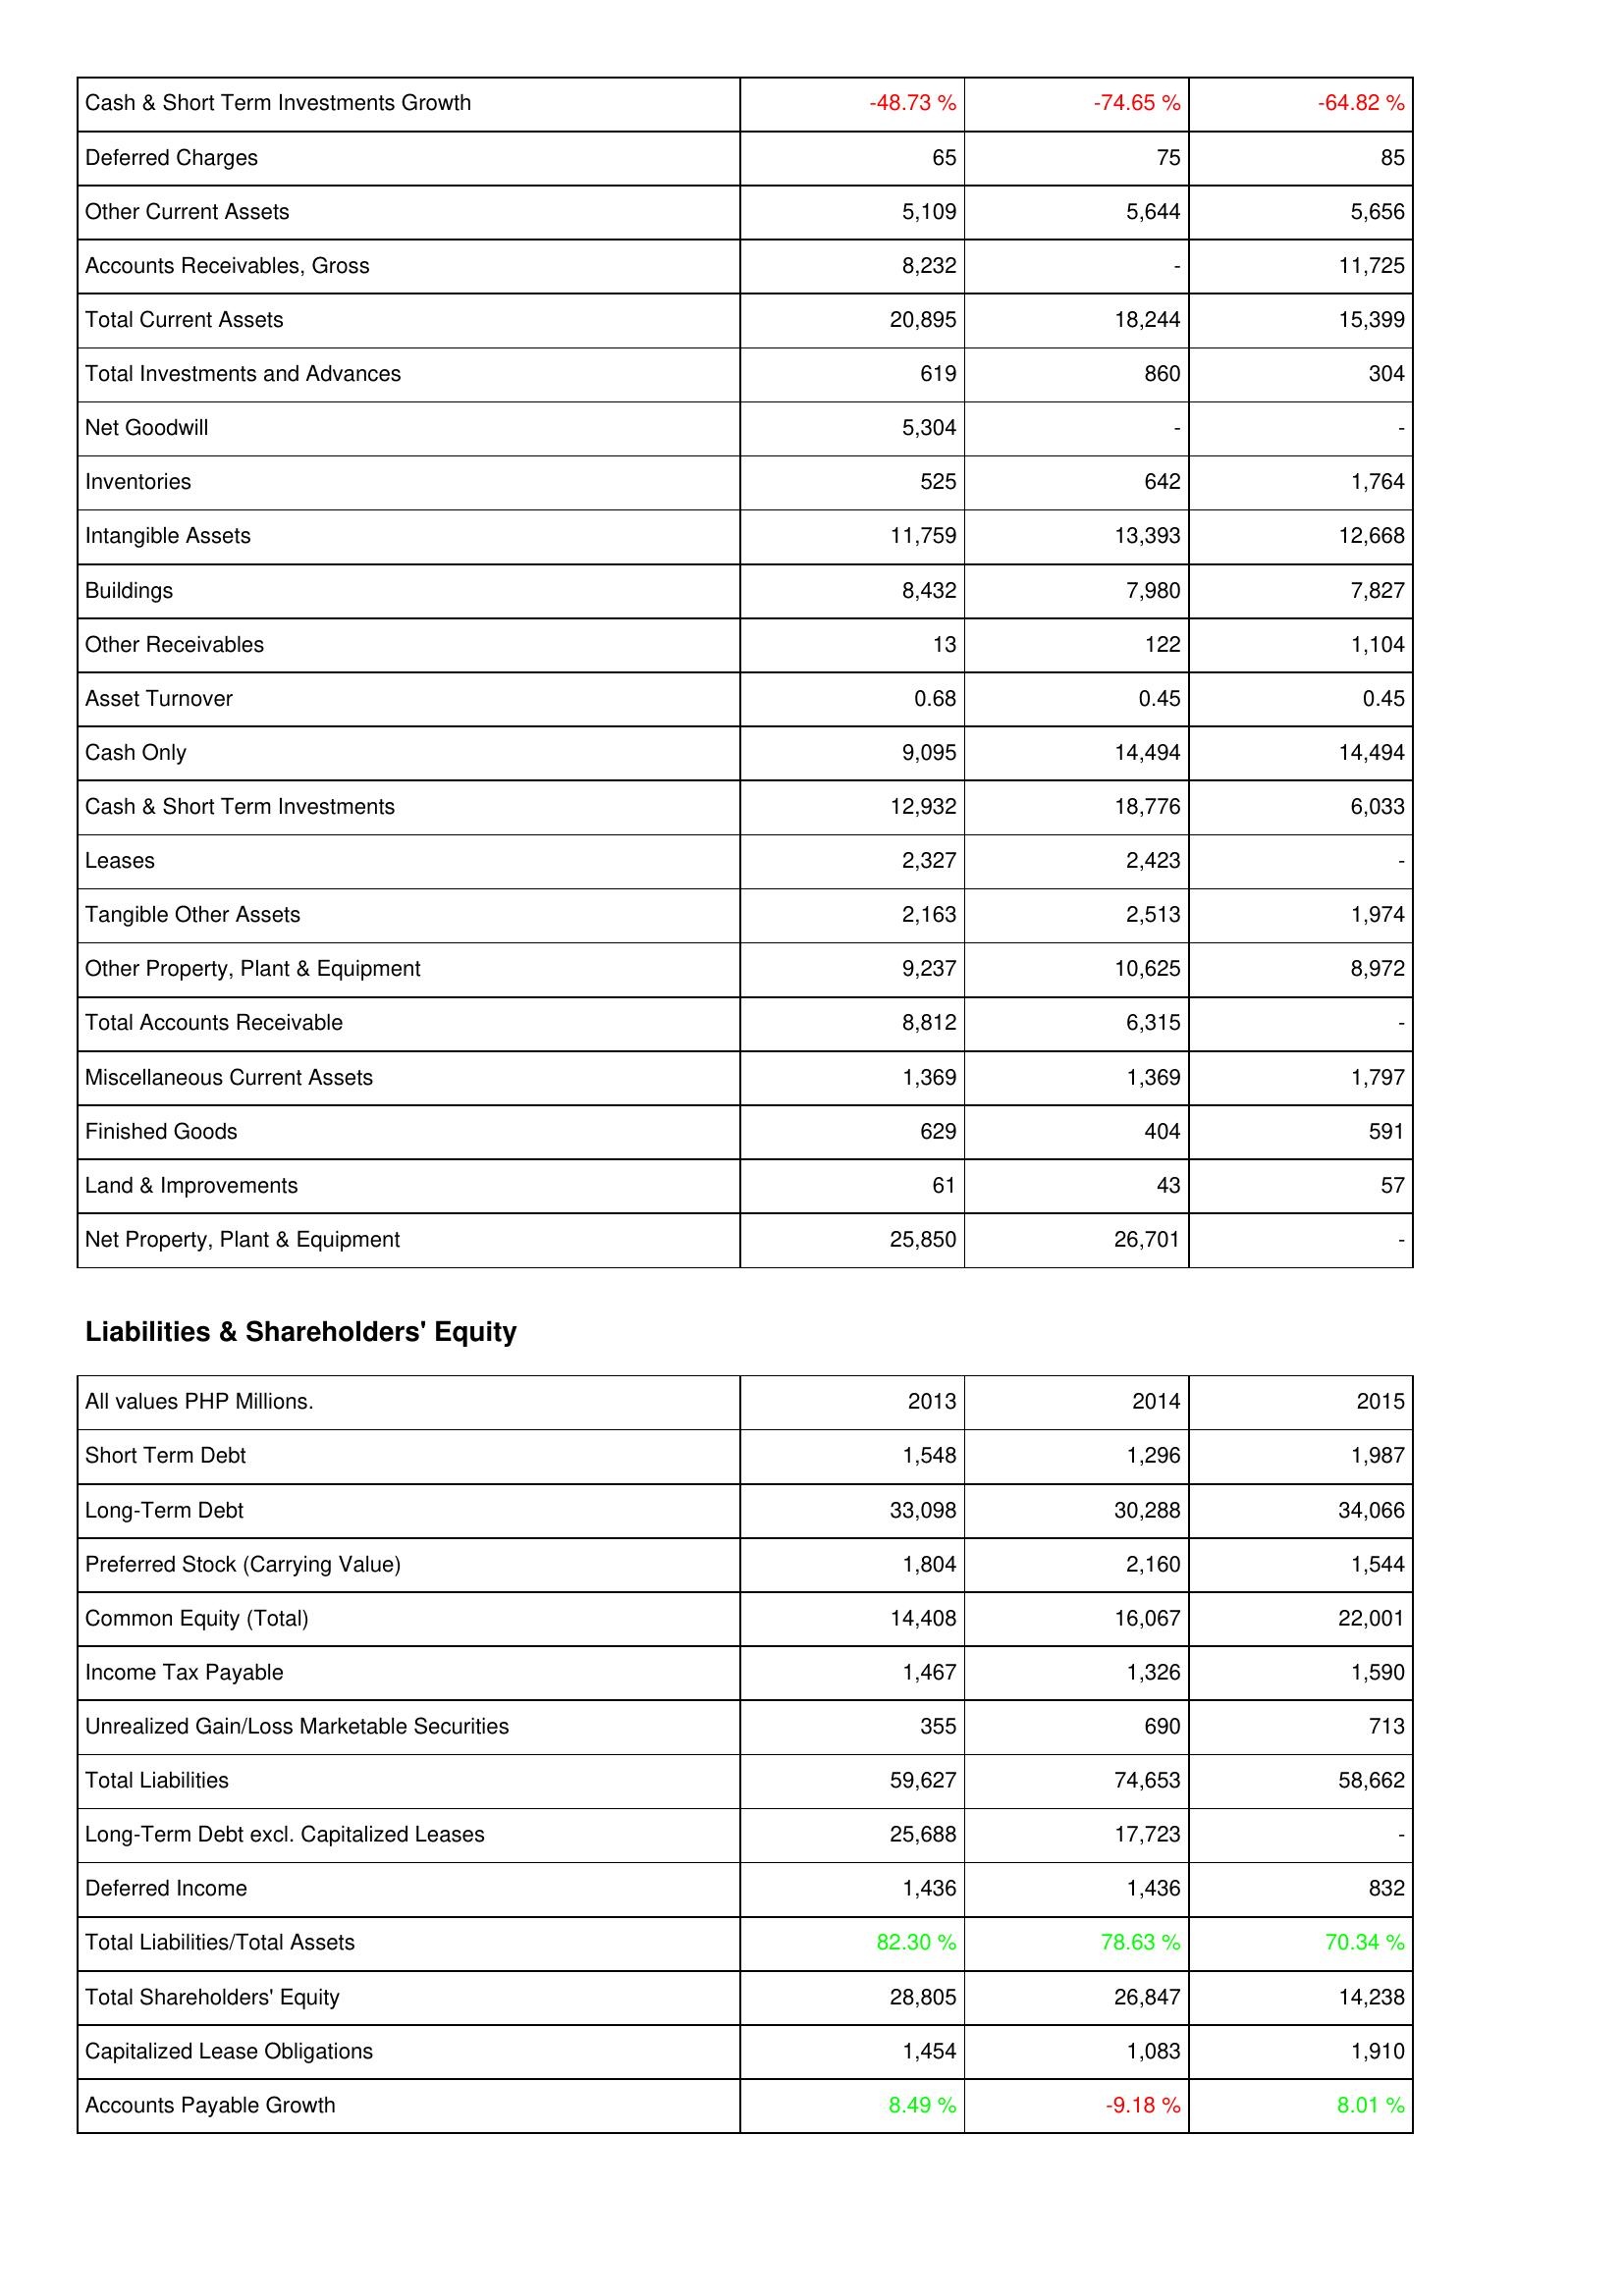
2013: Assets: Cash & Short Term Investments Growth: -48.73 %
Deferred Charges: 65
Other Current Assets: 5,109
Accounts Receivables, Gross: 8,232
Total Current Assets: 20,895
Total Investments and Advances: 619
Net Goodwill: 5,304
Inventories: 525
Intangible Assets: 11,759
Buildings: 8,432
Other Receivables: 13
Asset Turnover: 0.68
Cash Only: 9,095
Cash & Short Term Investments: 12,932
Leases: 2,327
Tangible Other Assets: 2,163
Other Property, Plant & Equipment: 9,237
Total Accounts Receivable: 8,812
Miscellaneous Current Assets: 1,369
Finished Goods: 629
Land & Improvements: 61
Net Property, Plant & Equipment: 25,850
Liabilities & Shareholders' Equity: Short Term Debt: 1,548
Long-Term Debt: 33,098
Preferred Stock (Carrying Value): 1,804
Common Equity (Total): 14,408
Income Tax Payable: 1,467
Unrealized Gain/Loss Marketable Securities: 355
Total Liabilities: 59,627
Long-Term Debt excl. Capitalized Leases: 25,688
Deferred Income: 1,436
Total Liabilities/Total Assets: 82.30 %
Total Shareholders' Equity: 28,805
Capitalized Lease Obligations: 1,454
Accounts Payable Growth: 8.49 %
2014: Assets: Cash & Short Term Investments Growth: -74.65 %
Deferred Charges: 75
Other Current Assets: 5,644
Accounts Receivables, Gross: -
Total Current Assets: 18,244
Total Investments and Advances: 860
Net Goodwill: -
Inventories: 642
Intangible Assets: 13,393
Buildings: 7,980
Other Receivables: 122
Asset Turnover: 0.45
Cash Only: 14,494
Cash & Short Term Investments: 18,776
Leases: 2,423
Tangible Other Assets: 2,513
Other Property, Plant & Equipment: 10,625
Total Accounts Receivable: 6,315
Miscellaneous Current Assets: 1,369
Finished Goods: 404
Land & Improvements: 43
Net Property, Plant & Equipment: 26,701
Liabilities & Shareholders' Equity: Short Term Debt: 1,296
Long-Term Debt: 30,288
Preferred Stock (Carrying Value): 2,160
Common Equity (Total): 16,067
Income Tax Payable: 1,326
Unrealized Gain/Loss Marketable Securities: 690
Total Liabilities: 74,653
Long-Term Debt excl. Capitalized Leases: 17,723
Deferred Income: 1,436
Total Liabilities/Total Assets: 78.63 %
Total Shareholders' Equity: 26,847
Capitalized Lease Obligations: 1,083
Accounts Payable Growth: -9.18 %
2015: Assets: Cash & Short Term Investments Growth: -64.82 %
Deferred Charges: 85
Other Current Assets: 5,656
Accounts Receivables, Gross: 11,725
Total Current Assets: 15,399
Total Investments and Advances: 304
Net Goodwill: -
Inventories: 1,764
Intangible Assets: 12,668
Buildings: 7,827
Other Receivables: 1,104
Asset Turnover: 0.45
Cash Only: 14,494
Cash & Short Term Investments: 6,033
Leases: -
Tangible Other Assets: 1,974
Other Property, Plant & Equipment: 8,972
Total Accounts Receivable: -
Miscellaneous Current Assets: 1,797
Finished Goods: 591
Land & Improvements: 57
Net Property, Plant & Equipment: -
Liabilities & Shareholders' Equity: Short Term Debt: 1,987
Long-Term Debt: 34,066
Preferred Stock (Carrying Value): 1,544
Common Equity (Total): 22,001
Income Tax Payable: 1,590
Unrealized Gain/Loss Marketable Securities: 713
Total Liabilities: 58,662
Long-Term Debt excl. Capitalized Leases: -
Deferred Income: 832
Total Liabilities/Total Assets: 70.34 %
Total Shareholders' Equity: 14,238
Capitalized Lease Obligations: 1,910
Accounts Payable Growth: 8.01 %